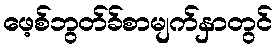
ဖေ့စ်ဘွတ်ခ်စာမျက်နှာတွင်